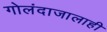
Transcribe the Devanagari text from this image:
गोलंदाजालाही